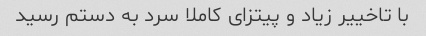
با تاخییر زیاد و پیتزای کاملا سرد به دستم رسید